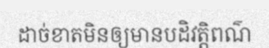
ដាច់ខាតមិនឲ្យមានបដិវត្តិពណ៌